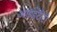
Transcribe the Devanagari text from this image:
आइडेंटीटी